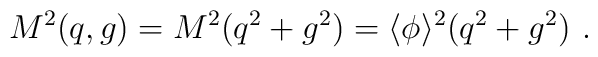
M^2(q,g) = M^2(q^2 + g^2) = \langle \phi \rangle^2 (q^2 + g^2)~.